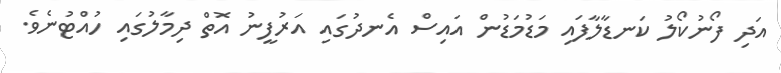
އަދި ފޯނުކޯލު ކަނޑާލާފައި މަޑުމަޑުން އައިސް އެނދުގައި އަރުފީނު އޮތް ދިމާލުގައި ހުއްޓުނެވެ.